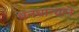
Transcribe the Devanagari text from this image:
धनधान्याने